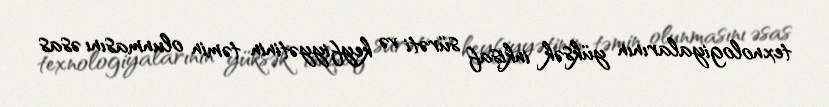
texnologiyalarının yüksək inkişaf sürəti və keyfiyyətinin təmin olunmasını əsas